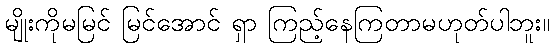
မျိုးကိုမမြင် မြင်အောင် ရှာ ကြည့်နေကြတာမဟုတ်ပါဘူး။